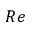
R e